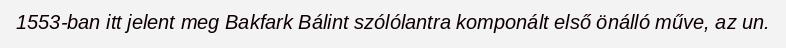
1553-ban itt jelent meg Bakfark Bálint szólólantra komponált első önálló műve, az un.